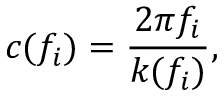
c ( f _ { i } ) = \frac { 2 \pi f _ { i } } { k ( f _ { i } ) } ,